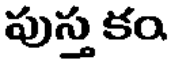
పుస్త కం